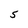
Character: S